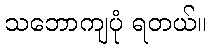
သဘောကျပုံ ရတယ်။